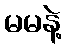
မမနဲ့